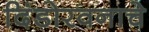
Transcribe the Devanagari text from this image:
दिंडोरवनाचे